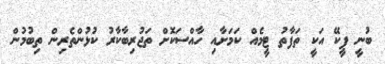
ބުނީ ޕީކޭ އަކީ ތަފާތު ޓީމެއް ކަމަށާއި ހާއްސަކޮށް ތަޖުރިބާކާރު ކުޅުންތެރިން ތިބުމުން